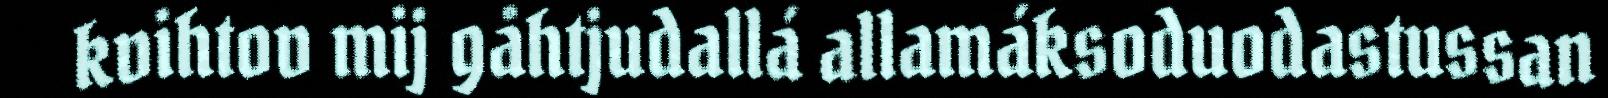
kvihtov mij gåhtjudallá allamáksoduodastussan